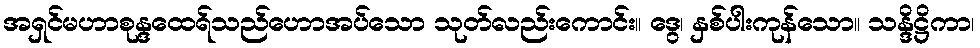
အရှင်မဟာစုန္ဒထေရ်သည်ဟောအပ်သော သုတ်လည်းကောင်း။ ဒွေ၊ နှစ်ပါးကုန်သော။ သန္ဒိဋ္ဌိကာ၊